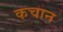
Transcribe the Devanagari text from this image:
कचान